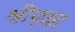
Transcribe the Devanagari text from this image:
श्रीवृक्ष।